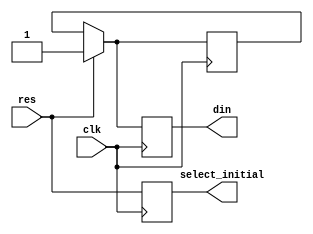
`timescale 1ns / 1ps
//////////////////////////////////////////////////////////////////////////////////
/// Company: Kyushu Institute of Technology
// 
// Design Name:    Neural Network (using backpropagation)
// Module Name: gen_din_sel
// Project Name:   LSI Design Contest in Okinawa 2018
// Target Devices: 
// Tool Versions: 
//
// Description: 
//      generate the signal for din(read enable of memory) and select initial (for parameter)
//
// Input:
//		clk	    : 1 bit
//		res 	: 1 bit : high active
//
// Output: 
//		din	            : 1 bit : read enable signal
//		select initial  : 1 bit : select initial parameter signal
// Latency:
//      
// Dependencies: 
// 
// Revision:
// Revision 0.01 - File Created
// Additional Comments:
// 
//////////////////////////////////////////////////////////////////////////////////
module gen_din_sel(
    input clk,
    input res,
    output din,
    output select_initial
    );
    
    reg din_reg, din_tmp;
    reg select_initial_reg, select_initial_tmp;
    
    always @(posedge clk)
    begin
            select_initial_reg <= res;
//            select_initial_reg <= select_initial_tmp;
//            select_initial_tmp <= res;
    end

    always @(posedge clk)
    begin
        if (res)
        begin
            din_reg <= 1'b1;
            din_tmp <= 1'b1;
        end
        else
            din_reg <= din_tmp;            
    end
    
    assign din = din_reg;
    assign select_initial = select_initial_reg;
endmodule